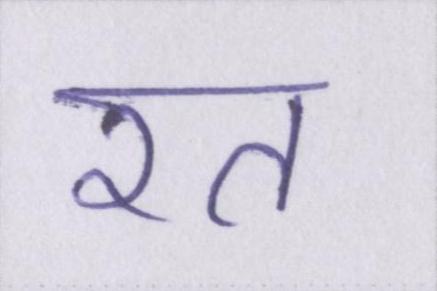
रत